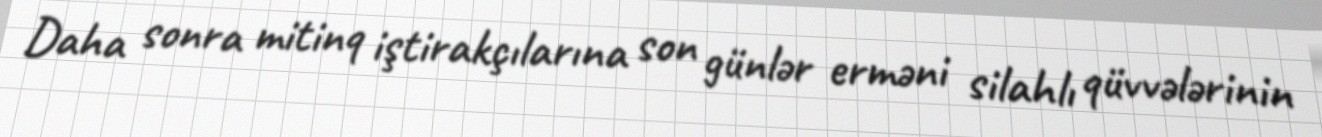
Daha sonra mitinq iştirakçılarına son günlər erməni silahlı qüvvələrinin